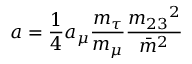
a = \frac { 1 } { 4 } a _ { \mu } \frac { m _ { \tau } } { m _ { \mu } } \frac { { m _ { 2 3 } } ^ { 2 } } { { \bar { m } } ^ { 2 } }